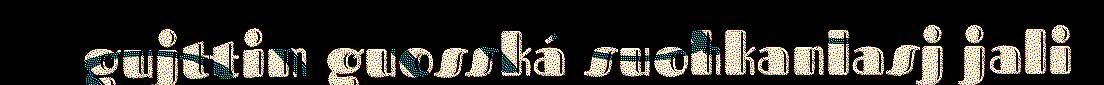
gujttim guosská suohkanlasj jali